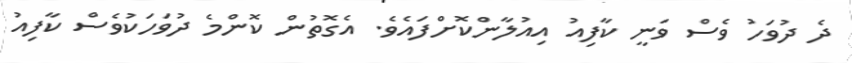
ދެ ދުވަހު ވެސް ވަނީ ކާފިއު އިއުލާންކޮށްފައެވެ. އެގޮތުން ކޮންމެ ދުވަހަކުވެސް ކާފިއު